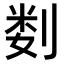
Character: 𫦉